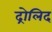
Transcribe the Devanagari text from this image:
द्रोलिद